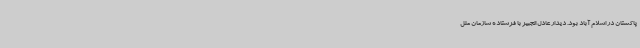
پاکستان در اسلام آباد بود. دیدار عادل الجبیر با فرستاده سازمان ملل